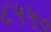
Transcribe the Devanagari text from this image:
८५५०